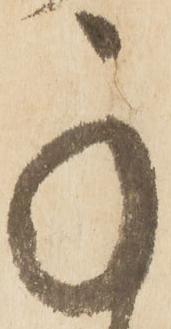
承